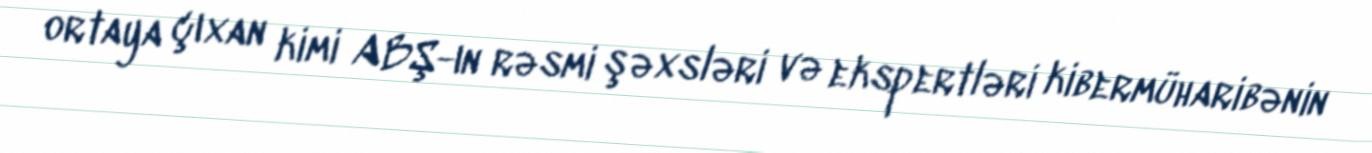
ortaya çıxan kimi ABŞ-ın rəsmi şəxsləri və ekspertləri kibermüharibənin